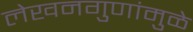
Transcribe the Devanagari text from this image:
लेखनगुणांमुळे